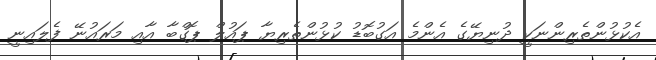
އެކުޅުންތެރިންނަކީ ދުނިޔޭގެ އެންމެ އަގުބޮޑު ކުޅުންތެރިޔާ ޕައުލް ޕޮގްބާ އާއި މަރައުނޭ ފެލައިނީ